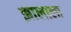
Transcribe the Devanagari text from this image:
झालाला